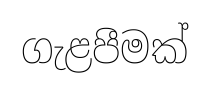
ගැළපීමක්